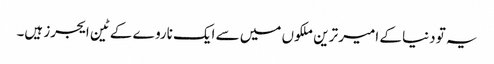
یہ تو دنیا کے امیر ترین ملکوں میں سے ایک ناروے کے ٹین ایجرز ہیں۔